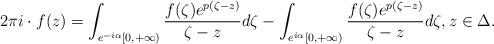
LaTeX: \begin{align*}2\pi i\cdot f(z)=\int_{e^{-i\alpha}[0,+\infty)}\frac{f(\zeta) e^{p(\zeta-z)}}{\zeta-z}d\zeta-\int_{e^{i\alpha}[0,+\infty)} \frac{f(\zeta) e^{p(\zeta-z)}}{\zeta-z}d\zeta, z\in \Delta.\end{align*}